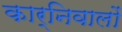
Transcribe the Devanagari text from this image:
कार्निवालों